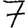
Digit: 7